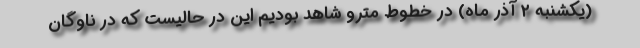
(یکشنبه ٢ آذر ماه) در خطوط مترو شاهد بودیم این در حالیست که در ناوگان